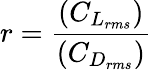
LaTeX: r=\frac{(C_{L_{rms}})}{(C_{D_{rms}})}